Problem: 24 + 44 = ?
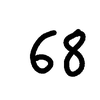
Handwritten answer: 68